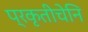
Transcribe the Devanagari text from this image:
प्रकृतीचेनि